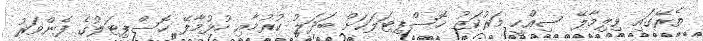
ތެރޭގައި ވިލިމާލޭ ސިއްހީ މަރުކަޒު ހޮސްޕިޓަލަކަށް ބަދަލު ކުރުމާއި ހުޅުމާލޭ ހޮސްޕިޓަލުގެ ފެންވަރު